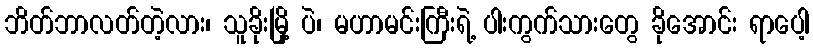
ဘိတ်ဘာလတ်တဲ့လား၊ သူခိုးမြို့ ပဲ၊ မဟာမင်းကြီးရဲ့ ပါးကွက်သားတွေ ခိုအောင်း ရာပေါ့